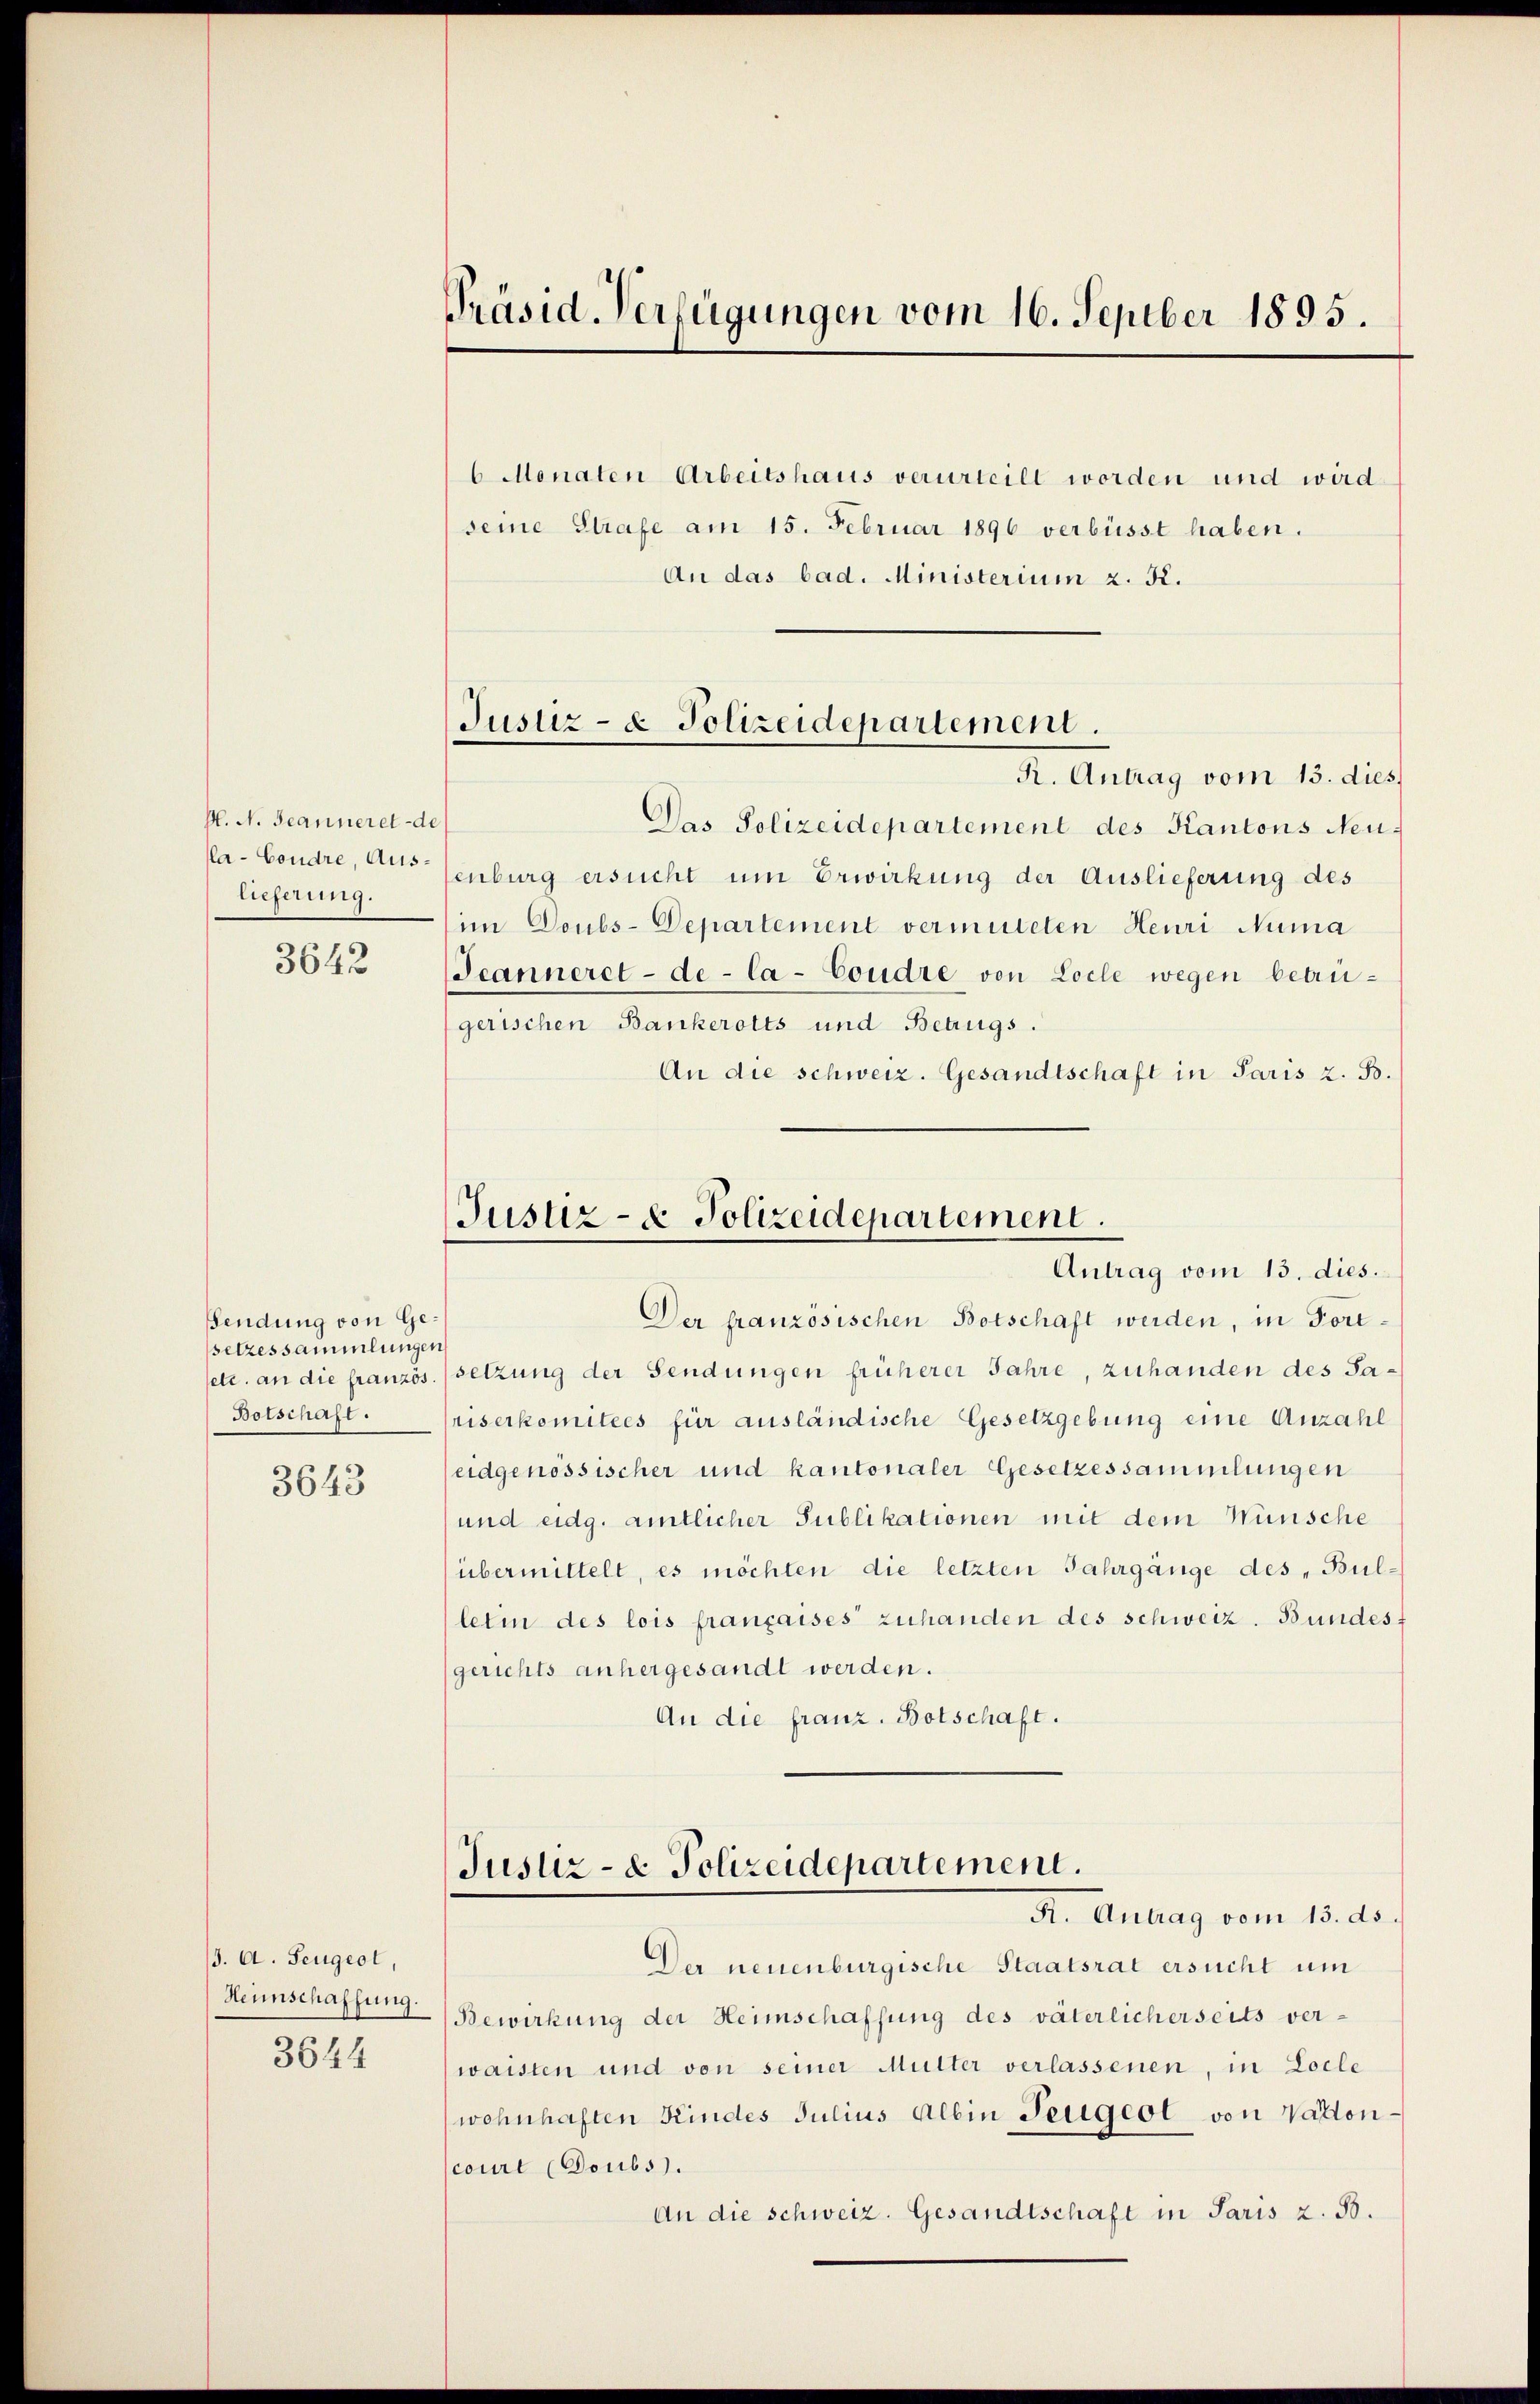
P. N. Jeanneret de
la-Coudre, Aus-
lieferung.

3642

Sendung von Gesetzessammlungen
Botschaft.

3643

(3. A. Zeugert,
3644

Präsid. Verfügungen vom 16. Septber 1895.

6 Monaten Arbeitshaus verurteilt worden und wird
seine Strafe am 15. Februar 1896 verbüsst haben.
An das bad. Ministerium z. K.
Das Polizeidepartement des Kantons Neu-
enburg ersucht um Erwirkung der Auslieferung des
im Doubs-Departement vermuteten Heuri Numa
Jeanneret-de-Ca-Coudre von Loele wegen betrügerischen Bankerotts und Betrugs.
An die schweiz. Gesandtschaft in Paris z. B.

Justiz- & Polizeidepartement.
R. Antrag vom 15. dies

Justiz- & Polizeidepartement.
Antrag vom 15. dies.

Der französischen Botschaft werden, in Fortsetc. an die französ. setzung der Sendungen früherer Jahre, zuhanden des Sariserkomitees für ausländische Gesetzgebung eine Anzahl
eidgenössischer und kantonaler Gesetzessammlungen
und eidg. amtlicher Publikationen mit dem Wünsche
übermittelt, es möchten die letzten Jahrgänge des „Bul-
letin des lois françaises zuhanden des schweiz. Bundesgerichts anhergesandt werden.
An die franz. Botschaft.
Justiz- & Polizeidepartement.
K. Antrag vom 13. ds.
Der neuenburgische Staatsrat ersucht um
Heimschaffung Bewirkung der Heimschaffung des väterlicherseits verwaisten und von seiner Mutter verlassenen, in Locle
wohnhaften Kindes Julius Albin Zeugeot von Vattoncourt (Soubs.
An die schweiz. Gesandtschaft in Paris z. B.